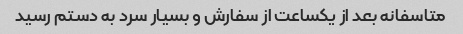
متاسفانه بعد از یکساعت از سفارش و بسیار سرد به دستم رسید